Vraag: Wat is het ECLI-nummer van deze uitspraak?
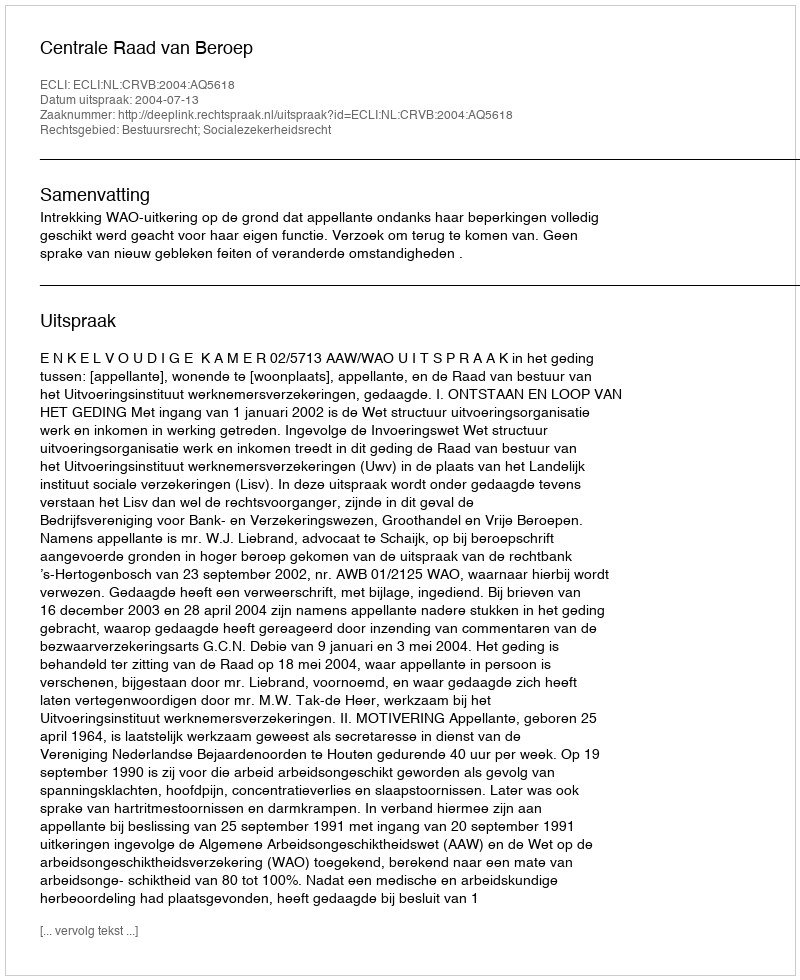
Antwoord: ECLI:NL:CRVB:2004:AQ5618